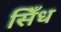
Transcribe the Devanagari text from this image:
सिँध